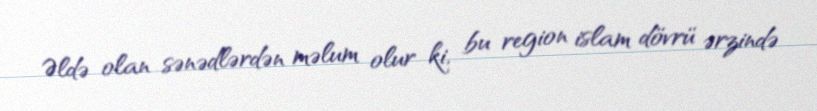
Əldə olan sənədlərdən məlum olur ki, bu region islam dövrü ərzində